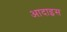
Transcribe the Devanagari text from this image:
आदाइस